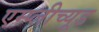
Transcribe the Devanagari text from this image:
एम्प्लीच्यूड